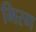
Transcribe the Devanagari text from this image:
मिरग